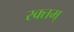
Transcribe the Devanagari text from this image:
रक्तम्